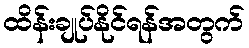
ထိန်းချုပ်နိုင်ရန်အတွက်